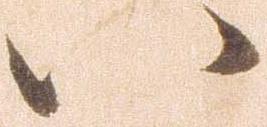
八